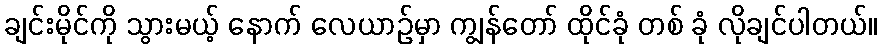
ချင်းမိုင်ကို သွားမယ့် နောက် လေယာဉ်မှာ ကျွန်တော် ထိုင်ခုံ တစ် ခုံ လိုချင်ပါတယ်။